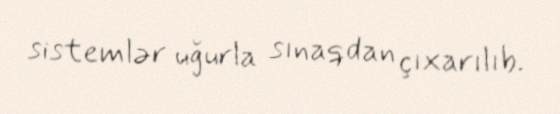
sistemlər uğurla sınaqdan çıxarılıb.